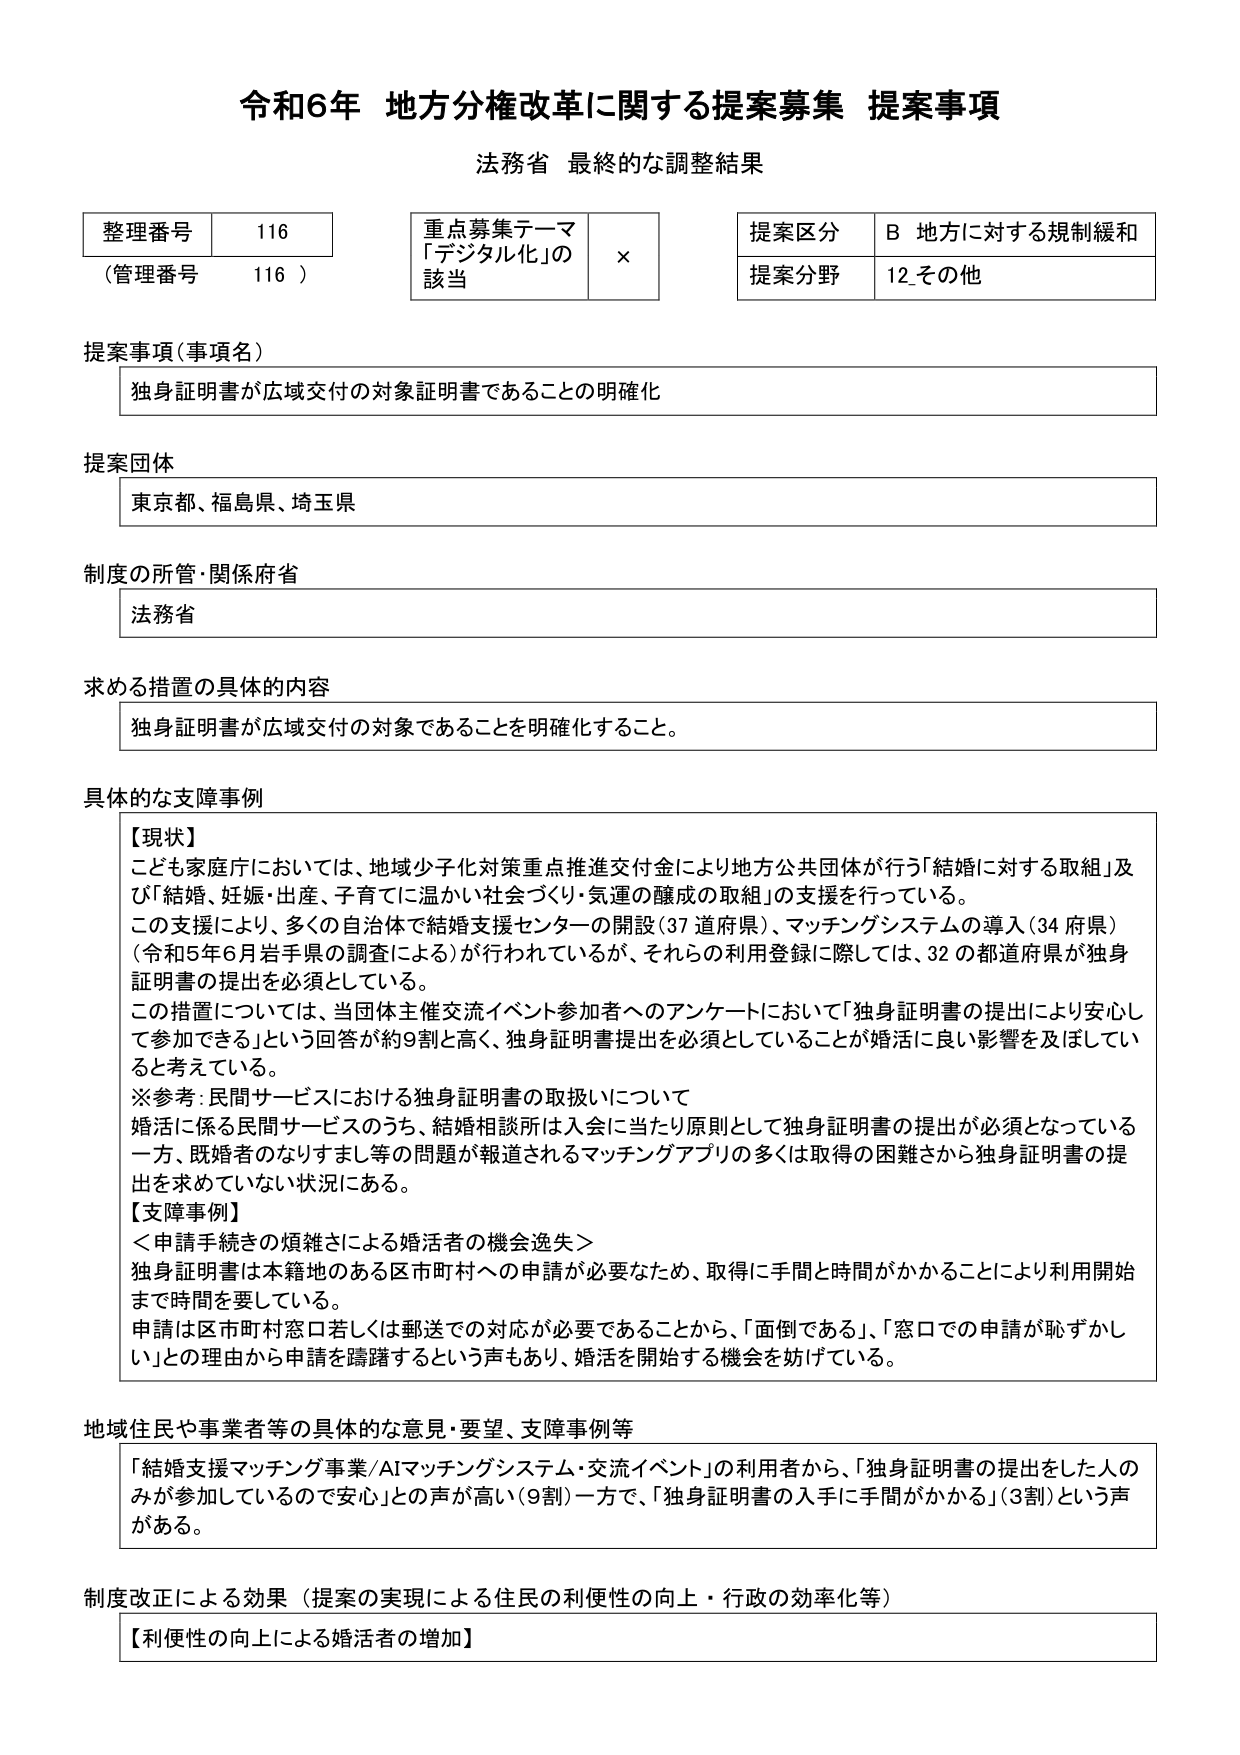
令和6年 地方分権改革に関する提案募集 提案事項
法務省 最終的な調整結果

整理番号 116
（管理番号 116）

重点募集テーマ
「デジタル化」の
該当 ×

提案区分 B 地方に対する規制緩和
提案分野 12.その他

提案事項（事項名）
独身証明書が広域交付の対象証明書であることの明確化

提案団体
東京都、福島県、埼玉県

制度の所管・関係府省
法務省

求める措置の具体的内容
独身証明書が広域交付の対象であることを明確化すること。

具体的な支障事例
【現状】
こども家庭庁においては、地域少子化対策重点推進交付金により地方公共団体が行う「結婚に対する取組」及び「結婚、妊娠・出産、子育てに温かい社会づくり・気運の醸成の取組」の支援を行っている。
この支援により、多くの自治体で結婚支援センターの開設（37道府県）、マッチングシステムの導入（34府県）（令和5年6月岩手県の調査による）が行われているが、それらの利用登録に際しては、32の都道府県が独身証明書の提出を必須としている。
この措置については、当団体主催交流イベント参加者へのアンケートにおいて「独身証明書の提出により安心して参加できる」という回答が約9割と高く、独身証明書提出を必須としていることが婚活に良い影響を及ぼしていると考えている。
※参考：民間サービスにおける独身証明書の取扱いについて
婚活に係る民間サービスのうち、結婚相談所は入会に当たり原則として独身証明書の提出が必須となっている一方、既婚者のなりすまし等の問題が報道されるマッチングアプリの多くは取得の困難さから独身証明書の提出を求めていない状況にある。
【支障事例】
＜申請手続きの煩雑さによる婚活者の機会逸失＞
独身証明書は本籍地のある区市町村への申請が必要なため、取得に手間と時間がかかることにより利用開始まで時間を要している。
申請は区市町村窓口若しくは郵送での対応が必要であることから、「面倒である」、「窓口での申請が恥ずかしい」との理由から申請を躊躇するという声もあり、婚活を開始する機会を妨げている。

地域住民や事業者等の具体的な意見・要望、支障事例等
「結婚支援マッチング事業/AIマッチングシステム・交流イベント」の利用者から、「独身証明書の提出をした人のみが参加しているので安心」との声が高い（9割）一方で、「独身証明書の入手に手間がかかる」（3割）という声がある。

制度改正による効果（提案の実現による住民の利便性の向上・行政の効率化等）
【利便性の向上による婚活者の増加】